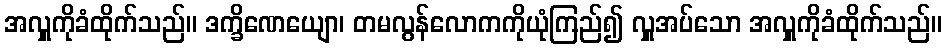
အလှူကိုခံထိုက်သည်။ ဒက္ခိဏေယျော၊ တမလွန်လောကကိုယုံကြည်၍ လှူအပ်သော အလှူကိုခံထိုက်သည်။